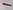
Text: -